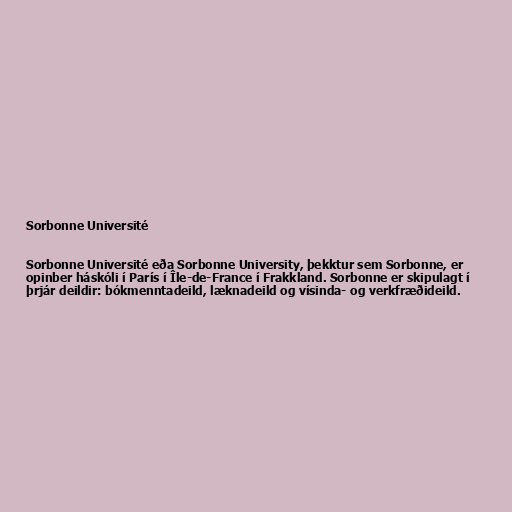
Sorbonne Université

Sorbonne Université eða Sorbonne University, þekktur sem Sorbonne, er
opinber háskóli í París í Île-de-France í Frakkland. Sorbonne er skipulagt í
þrjár deildir: bókmenntadeild, læknadeild og vísinda- og verkfræðideild.